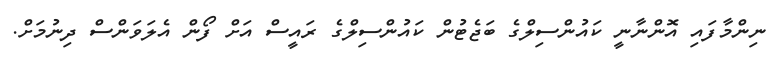
ނިންމާފައި އޮންނާނީ ކައުންސިލްގެ ބަޖެޓުން ކައުންސިލްގެ ރައީސް އަށް ފޯން އެލަވަންސް ދިނުމަށް.